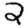
Digit: 2